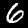
Digit: 6